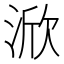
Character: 𱦷